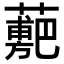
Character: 𧁉